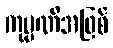
ကုမ္ပဏီအဖြစ်